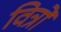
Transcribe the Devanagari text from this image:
वित्रों